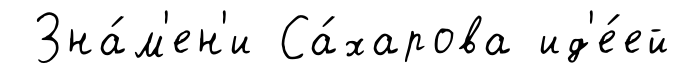
Зна́м'ен'и Са́харова ид'е́ей